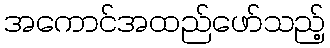
အကောင်အထည်ဖော်သည့်